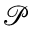
\mathcal { P }